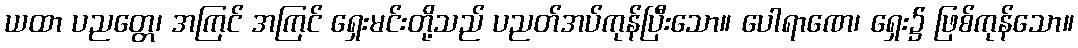
ယထာ ပညတ္တေ၊ အကြင် အကြင် ရှေးမင်းတို့သည် ပညတ်အပ်ကုန်ပြီးသော။ ပေါရာဏေ၊ ရှေး၌ ဖြစ်ကုန်သော။